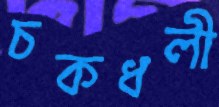
চকধলী